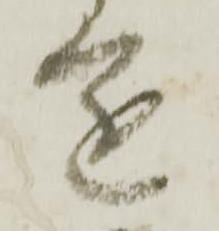
進